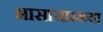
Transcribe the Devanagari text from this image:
भासासारख्या